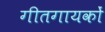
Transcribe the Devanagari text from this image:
गीतगायकों